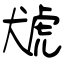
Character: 猇